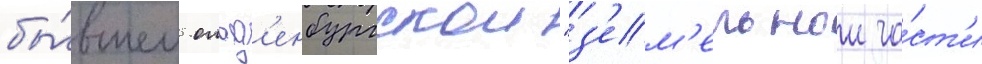
бы́вшем ольд'енбургскои "з'ем'ельнои ча́ст'и